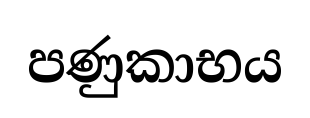
පණුකාභය